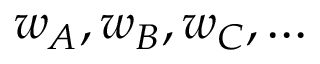
w _ { A } , w _ { B } , w _ { C } , \ldots